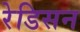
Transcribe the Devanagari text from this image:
रेडिसन